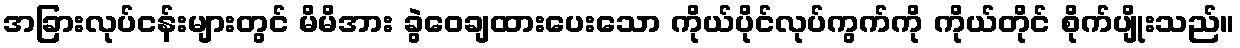
အခြားလုပ်ငန်းများတွင် မိမိအား ခွဲဝေချထားပေးသော ကိုယ်ပိုင်လုပ်ကွက်ကို ကိုယ်တိုင် စိုက်ပျိုးသည်။